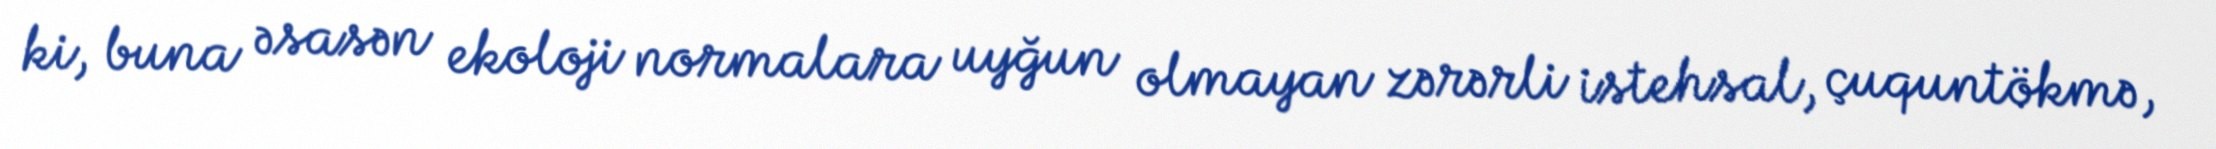
ki, buna əsasən ekoloji normalara uyğun olmayan zərərli istehsal, çuquntökmə,